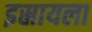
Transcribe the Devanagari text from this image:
इस्रायला